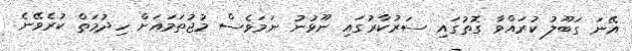
އޭނަ ގަބޫލު ކުރައްވާ ގޮތުގައި ސަރުކާރުގައި ނޫޅުނު ނަމަވެސް މުޖުތަމައަށް ހިދުމަތް ކުރެވޭނެ